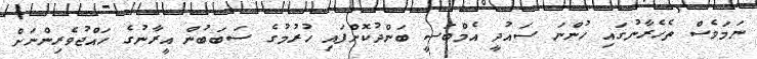
ނަމަވެސް ތެހެރާނުގައި ހުންނަ ސައުދީ އެމްބަސީ ބަންދުކޮށްފައި ހުރުމުގެ ސަބަބުން އީރާނުގެ ހައްޖުވެރިންނަށް